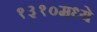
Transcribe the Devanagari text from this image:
१३१०मध्ये